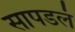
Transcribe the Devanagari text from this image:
सापडलं